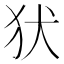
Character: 犾